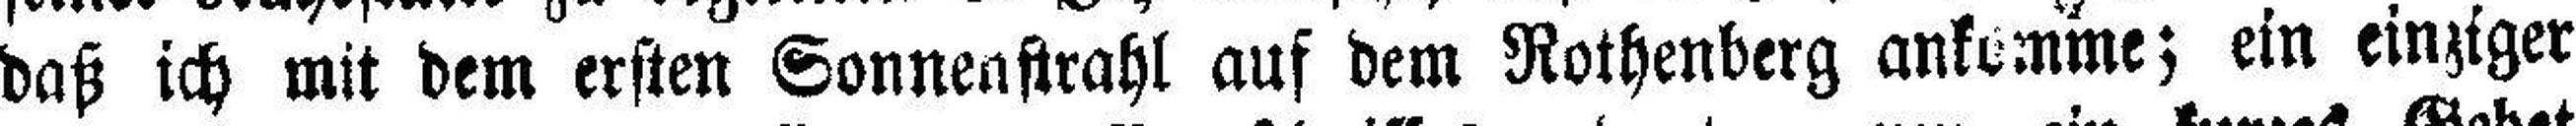
daß ich mit dem ersten Sonnenstrahl auf dem Rothenberg ankomme; ein einziger